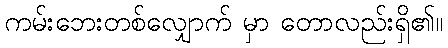
ကမ်းဘေးတစ်လျှောက် မှာ တောလည်းရှိ၏။